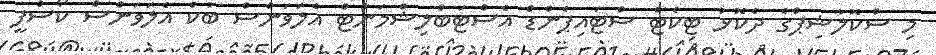
މި ސްކޮލާޝިޕްގެ ދެކޮޅު ޓިކެޓް ސްޓައިޕެންޑް އެސްޓަބްލިޝްމަންޓް އެލަވަންސް ބުކް އެލަވަންސް ކޯސްފީ